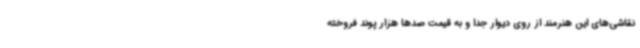
نقاشی‌های این هنرمند از روی دیوار جدا و به قیمت صدها هزار پوند فروخته